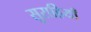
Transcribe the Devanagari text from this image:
सुराहियाँ